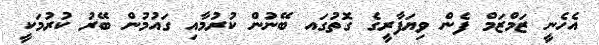
އެހެނީ ޒަމްޒަމް ފެން ވިޔަފާރީގެ ގޮތުގައ ބޭނުން ކުރުމާއި ގައުމުން ބޭރު ކުރުމަކީ